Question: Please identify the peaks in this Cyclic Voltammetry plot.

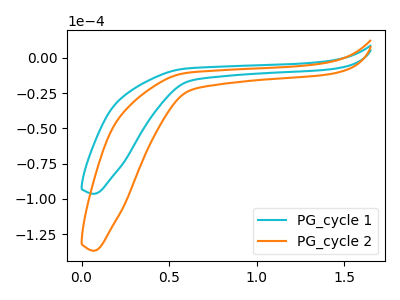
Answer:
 <answer>The cyan curve "PG_cycle 1" has no peaks. The orange curve "PG_cycle 2" has no peaks.</answer>
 <eval></eval>